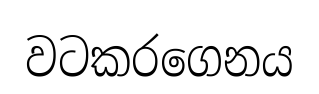
වටකරගෙනය